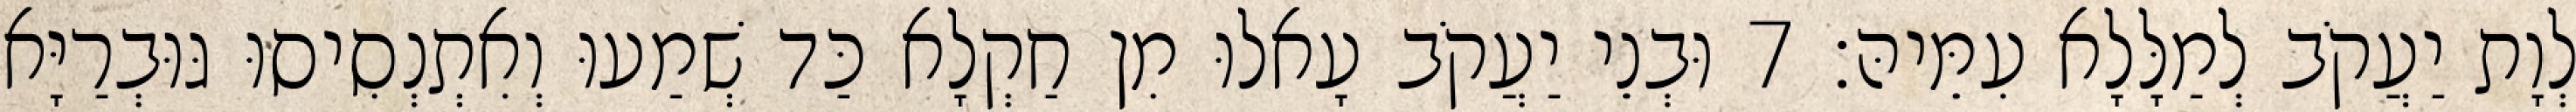
לְוָת יַעֲקֹב לְמַלָּלָא עִמֵּיהּ׃ 7 וּבְנֵי יַעֲקֹב עָאלוּ מִן חַקְלָא כַּד שְׁמַעוּ וְאִתְנְסִיסוּ גּוּבְרַיָּא